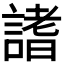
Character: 𧪡